Annual report on the lock hospitals of the Madras Presidency
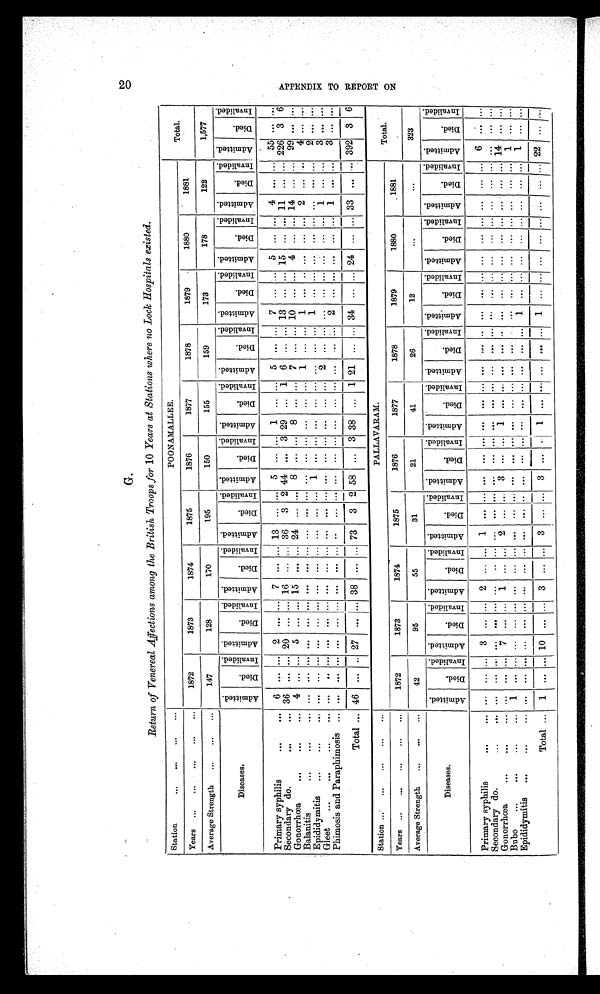
G.
Return of Venereal Affections among the British Troops for 10 Years at Stations where no Lock Hospitals existed.
Station
... ...
...
. . .
P O O N A M A L L E E . Total.
Years ... ... ... ... ...
1872
1873
1874
1875
1876
1877
1878
1879
1880
1881
Average Strength ... ... ...
147
128
170
195
150
155
159
173
178
122
1,577
Diseases.
A d m i t t e d . D i e d . I n v a l i d e d . A d m i t t e d . D i e d . I n v a l i d e d . A d m i t t e d . D i e d
. I n v a l i d e d . A d m i t t e d .
D i e d . I n v a l i d e d . A d m i t t e d . D i e d . I n v a l i e d . A d m i t t e d . D i e d .
I n v a l i d e d . A d m i t t e d .
D i e d . I n v a l i d e d . A d m i t t e d . D i e d . I n v a l i d e d . A d m i t t e d . D i e d I n v a l i d e d . A d m i t t e d . D i e d . I n v a l i d e d
. A d m i t t e d . D i e d . I n v a l i d e d .
Primary syphilis
...
... 6 . . . ... 2 ... ... 7 ... ... 13 ... ... 5 ... ... 1 ... ... 5 . . . ... 7 ... . . . 5 ... ... 4 ... ... 55 ... ...
Secondary do.
...
... 36 ... ... 20 ... ... 16 ... ... 36 3 2 44 . . . 3 29 ... 1 6 ... ... 13 ... ... 15 ... ... 11 ... ... 226 3 6
Gonorrhœa
...
. . . . . . 4 . . . ... 5 . . . . . . 1 5 . . . . . . 2 4 . . . . . . 8 ... ... 8 ... ... 7 ... ... 10 ... ... 4 ... ... 14 ... ... 99 ... ...
Balanitis
...
. . .
. . .
. . . . . . ... . . . . . . . . . . . . . . . . . . . . . . . . . . . . . . . . . . . . . . . . . . . . . 1 . . . . . . 1 . . . . . .
...
. . . . . . 2 . . . . . . 4 . . . . . .
Epididymitis
. . .
. . .
...
. . . . . . ... . . . . . . . . . . . . . . . . . . . . . . . . . . . 1 . . . . . . . . . . . . . . . 1 . . . . . . . . . 1 . . . . . . ... . . . . . . . . . . . . . . . 2 . . . . . .
Gleet
. . .
. . .
. . .
...
. . . . . . ... . . . . . . . . . . . . . . . . . . . . . . . . . . . . . . . . . . . . . . . . . . . . . 2 . . . . . . . . . . . . . . . ... . . . . . . 1 . . . . . . 3 . . . . . .
Phimosis and Paraphimosis ... ... ... ... ... ... ... ... ... ... . .
. . . . . . . . . . . . . . . . . . . . . . . . . . . . . . . . . 2 . . . . . . ... . . . . . . 1 . . . . . . 3 . . . . . .
Total ... 46 ... .. 27 ... ... 38 ... ... 73 3 2 58 ... 3 38 ... 1 21 ... ... 34 ... ... 24 ... ... 33 ... ... 392 3 6
Station ... ... ... ... ...
PALLAVARAM.
Total.
Years ... ... ... ... ...
1872
1873
1874
1875
1876
1877
1878
1879
1880
1881
Average Strength ... ... ...
42
95
55
31
21
41
26
12
...
...
323
Diseases.
A d mi t t e d . D i e d . I n v a l i d e d . A d m i t t e d . D i e d . I n v a l i e d . A d m i t t e d . Di ed. D i e d . I n v a l i d e d .
Died.
I n v a l i e d . A d m i t t e d . D i e d . I n v a l i e d . A d m i t t e d . D i e d . I n v a l i e d . A d m i t t e d . D i e d . I n v a l i d e d . A d m i t t e d .
D i e d . I n v a l i e d . A d m i t t e d . D i e d . I n v a l i d e d . A d m i t t e d . Di ed. I n v a l i d e d . A d m i t t e d .
D i e d . I n v a l i d e d .
Primary syphilis
... . . .
. . . . . . . . . 3 . . . . . . 2
. . . . . .
1 ...
. . .
...
. . . . . .
...
. . . . . . . . .
. . . . . . . . . . . . . . . ... . . . . . . . . . ...
. . . 6 ... ...
Secondary do.
. . .
...
. . . . . . . . . . . . . . . . . . . . .
. . . . . .
... ...
. . .
...
. . . . . .
...
. . . . . . . . .
. . . . . . . . . . . . . . . ... . . . . . . . . . ... . . . . . . ... . . .
Gonorrhœa
...
. . .
. . .
. . . . . . . . . 7 . . . . . . 1
. . . . . .
2 ...
. . .
3
. . . ... 1
. . . . . . . . .
. . . . . . . . . . . . . . . ... . . . . . . . . . ... . . . 14 ... . . .
Bubo ...
...
... ...
1 . . . . . . . . . . . . . . . . . .
. . . . . .
... ...
. . .
...
. . . . . .
...
. . . . . . . . . .
. . . . . . . . . . . . . . . ... . . . . . . . . . ... . . .
1 . . . . . .
Epididymitis ... ... ...
. . . . . . . . . . . . . . . . . . . . . .
. . . . . . . . .
... ...
. . .
...
. . . . . . ...
. . . . . . . . .
. . . . . . 1 . . . . . . ... . . . . . . . . . ... . . . 1 ...
Tota l . . .
1 ... ... 10
. . .
. . .
3
. . . . . .
3 ...
. . .
3
. . .
. . .
1
. . .
. . .
. . .
. . . . . . 1
. . .
. . .
...
. . . . . . . . .
...
. . .
2 2 . . .
. . .
20
A P P E N D I X T O R E P O R T O N